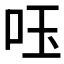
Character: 𠰧